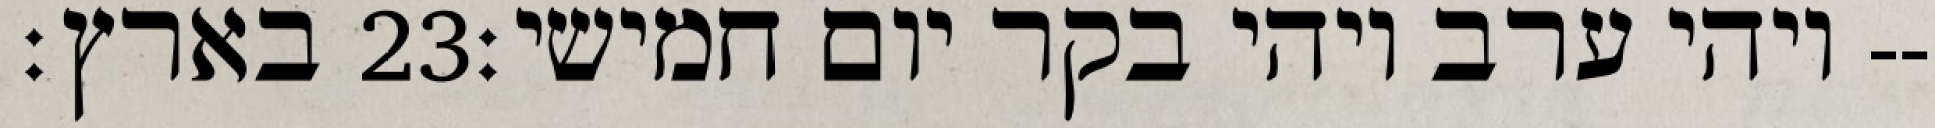
בארץ׃ ‎23‏ ויהי ערב ויהי בקר יום חמישי׃--